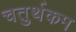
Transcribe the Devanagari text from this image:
चतुर्थकम